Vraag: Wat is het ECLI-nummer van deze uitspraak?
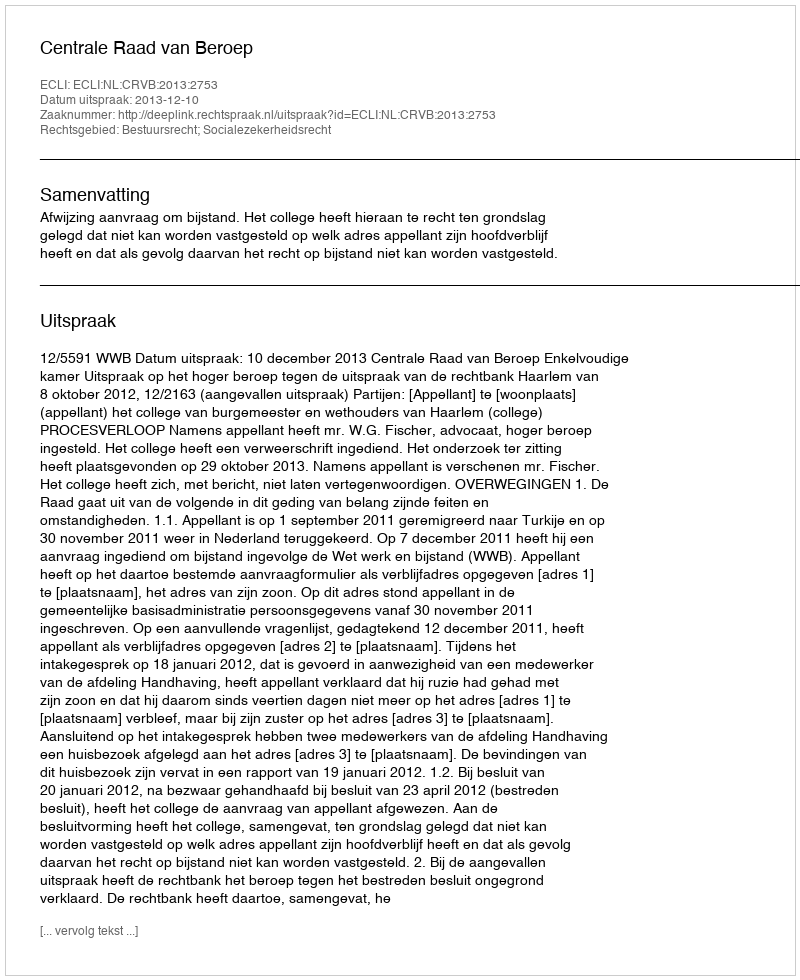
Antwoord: ECLI:NL:CRVB:2013:2753